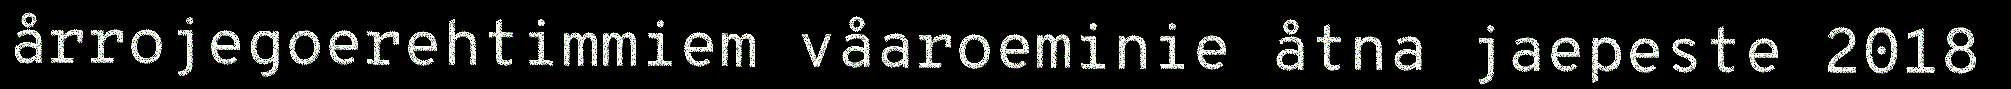
årrojegoerehtimmiem våaroeminie åtna jaepeste 2018